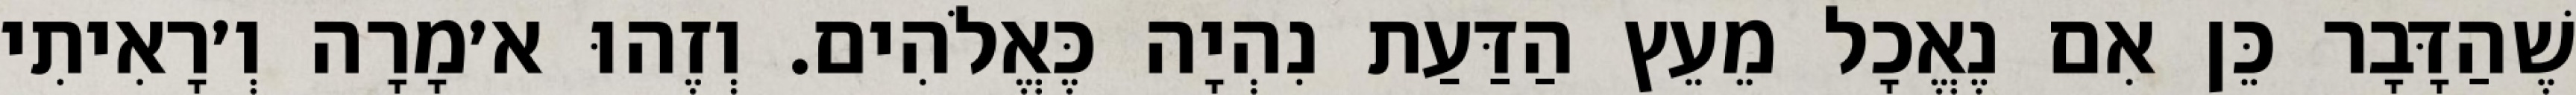
שֶׁהַדָּבָר כֵּן אִם נֶאֱכָל מֵעֵץ הַדַּעַת נִהְיָה כֶּאֱלֹהִים. וְזֶהוּ א׳מָרָה וְ׳רָאִיתִי